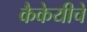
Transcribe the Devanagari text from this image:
कैकेयीचे